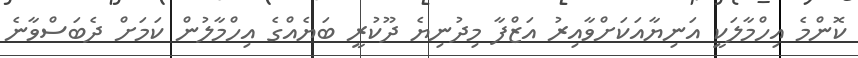
ކޮންމެ އިހްމާލަކީ އަނިޔާއަކަށްވާއިރު އަޒްފާ މިދުނިޔެ ދޫކުރީ ބަޔެއްގެ އިހްމާލުން ކަމަށް ދެބަސްވާނެ